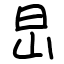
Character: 旵